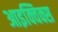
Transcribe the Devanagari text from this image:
आइक्विक्स